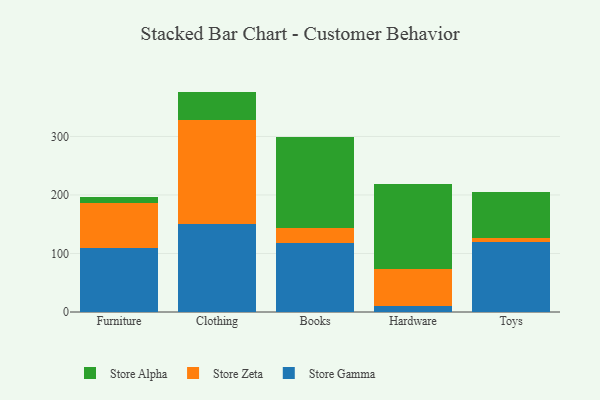
{"axis": {"x": "Category", "y": "Headcount"}, "legend": ["Store Alpha", "Store Gamma", "Store Zeta"], "data": [{"x": "Furniture", "y": 109.8, "type": "Store Gamma"}, {"x": "Furniture", "y": 77.3, "type": "Store Zeta"}, {"x": "Furniture", "y": 8.9, "type": "Store Alpha"}, {"x": "Clothing", "y": 150.4, "type": "Store Gamma"}, {"x": "Clothing", "y": 178.6, "type": "Store Zeta"}, {"x": "Clothing", "y": 47.7, "type": "Store Alpha"}, {"x": "Books", "y": 117.1, "type": "Store Gamma"}, {"x": "Books", "y": 26.4, "type": "Store Zeta"}, {"x": "Books", "y": 155.7, "type": "Store Alpha"}, {"x": "Hardware", "y": 9.9, "type": "Store Gamma"}, {"x": "Hardware", "y": 63.3, "type": "Store Zeta"}, {"x": "Hardware", "y": 145.8, "type": "Store Alpha"}, {"x": "Toys", "y": 118.8, "type": "Store Gamma"}, {"x": "Toys", "y": 7.5, "type": "Store Zeta"}, {"x": "Toys", "y": 79.1, "type": "Store Alpha"}]}